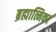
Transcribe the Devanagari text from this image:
ब्रह्मात्मिका